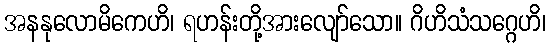
အနနုလောမိကေဟိ၊ ရဟန်းတို့အားလျော်သော။ ဂိဟိသံသဂ္ဂေဟိ၊